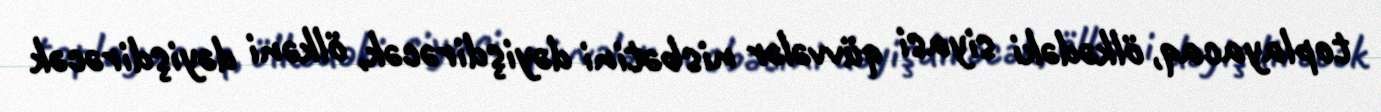
toplayacaq, ölkədəki siyasi qüvvələr nisbətini dəyişdirəcək, ölkəni dəyişdirəcək